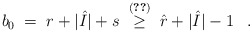
\begin{align*}b_0 \;=\; r + |\hat{I}| + s \;\stackrel{(\ref{l:li0})}{\geq}\; \hat{r} + |\hat{I}| - 1 \;\;\; .\end{align*}